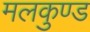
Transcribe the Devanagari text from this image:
मलकुण्ड